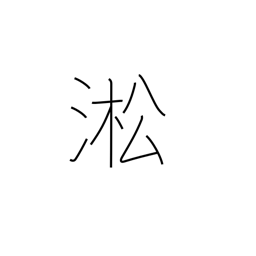
Meaning: name of a Chinese river